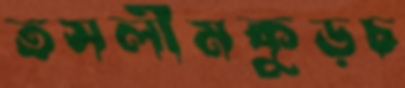
তসলীমকুড়চ